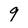
Character: 9